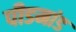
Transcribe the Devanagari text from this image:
पीडमांड